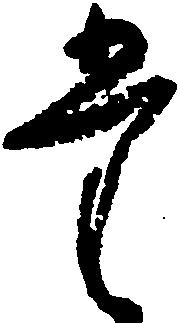
た